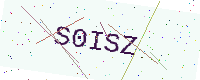
Text: S0ISZ